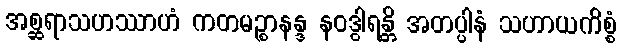
အစ္ဆရာသဟဿာဟံ ကတမဉ္စာနန္ဒ နဝဒွါရန္တိ အတပ္ပါနံ သဟာယကိစ္စံ